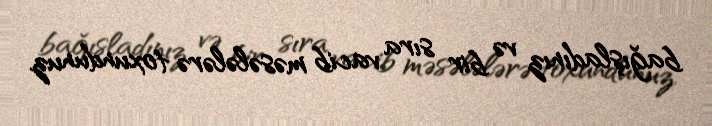
bağışladınız və bir sıra vacib məsələlərə toxundunuz.